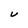
Character: U